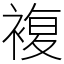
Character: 複